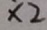
\times 2